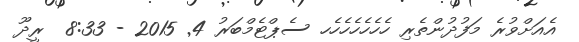
އެއަށްވުރެ މަފުދުންތެރި ހެހެހެހެހެހެހ ސެޕްޓެމްބަރު 4